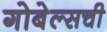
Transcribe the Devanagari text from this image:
गोबेल्सची